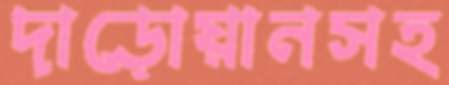
দাড়োয়ানসহ